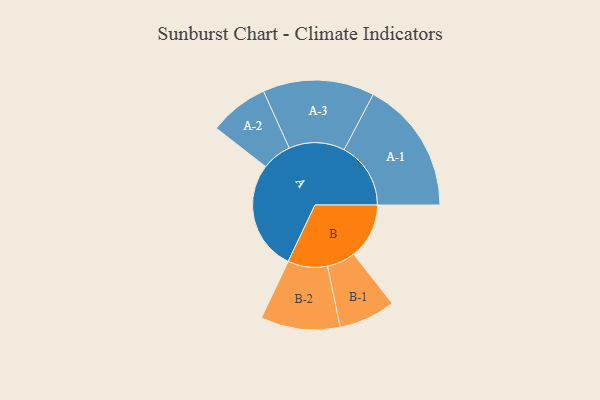
{"axis": {"x": "Segment", "y": "Value"}, "legend": ["", "A", "B"], "data": [{"x": "A", "y": 395, "type": ""}, {"x": "B", "y": 200, "type": ""}, {"x": "A-1", "y": 240, "type": "A"}, {"x": "A-2", "y": 107, "type": "A"}, {"x": "A-3", "y": 201, "type": "A"}, {"x": "B-1", "y": 102, "type": "B"}, {"x": "B-2", "y": 143, "type": "B"}]}